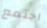
اجتمع